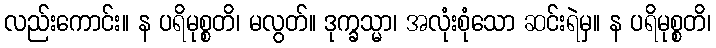
လည်းကောင်း။ န ပရိမုစ္စတိ၊ မလွတ်။ ဒုက္ခသ္မာ၊ အလုံးစုံသော ဆင်းရဲမှ။ န ပရိမုစ္စတိ၊